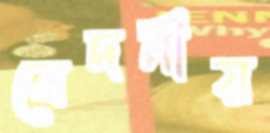
বেদনীয়